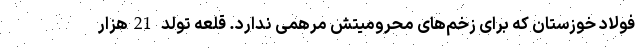
فولاد خوزستان که برای زخم‌های محرومیتش مرهمی ندارد. قلعه تولد 21هزار